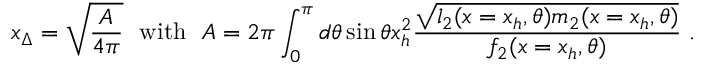
x _ { \Delta } = \sqrt { \frac { A } { 4 \pi } } \ \ \mathrm { w i t h } \ \ A = 2 \pi \int _ { 0 } ^ { \pi } d \theta \sin \theta x _ { h } ^ { 2 } \frac { \sqrt { l _ { 2 } ( x = x _ { h } , \theta ) m _ { 2 } ( x = x _ { h } , \theta ) } } { f _ { 2 } ( x = x _ { h } , \theta ) } \ .